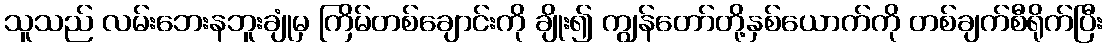
သူသည် လမ်းဘေးနဘူးချုံမှ ကြိမ်တစ်ချောင်းကို ချိုး၍ ကျွန်တော်တို့နှစ်ယောက်ကို တစ်ချက်စီရိုက်ပြီး